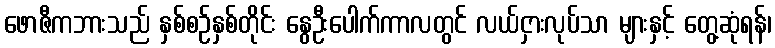
ဖောဇီကဘားသည် နှစ်စဉ်နှစ်တိုင်း နွေဦးပေါက်ကာလတွင် လယ်ငှားလုပ်သာ များနှင့် တွေ့ဆုံရန်၊